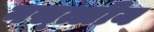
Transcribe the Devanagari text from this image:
नस्त्लीय